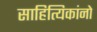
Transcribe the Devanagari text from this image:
साहित्यिकांनो